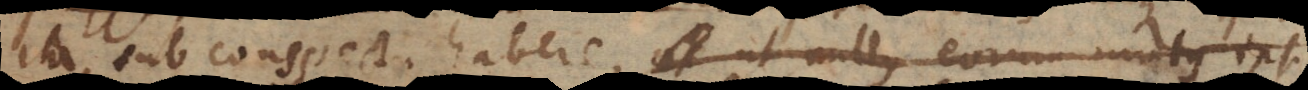
ita sub conspectu habere posse ut nullus eorum motus ips